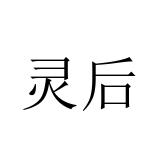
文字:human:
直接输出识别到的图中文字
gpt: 灵后